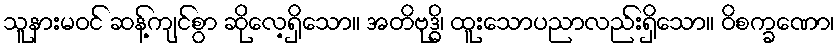
သူနားမဝင် ဆန့်ကျင်စွာ ဆိုလေ့ရှိသော။ အတိဗုဒ္ဓိ၊ ထူးသောပညာလည်းရှိသော။ ဝိစက္ခဏော၊